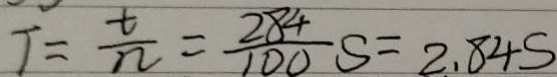
T = \frac { t } { n } = \frac { 2 8 4 } { 1 0 0 } S = 2 . 8 4 S